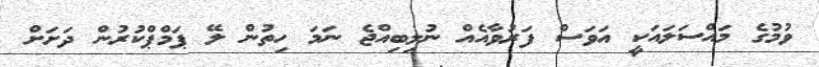
ވުމުގެ މައްސަލައަކީ އަވަސް ފަރުވާއެއް ނުލިބިއްޖެ ނަމަ ހިތުން ލޭ ޕަމްޕްކުރުން ދަށަށް